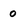
Character: 0